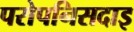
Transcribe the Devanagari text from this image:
परोपनिसदाइ